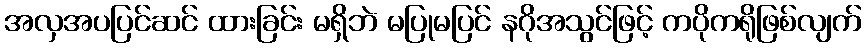
အလှအပပြင်ဆင် ထားခြင်း မရှိဘဲ မပြုမပြင် နဂိုအသွင်ဖြင့် ကပိုကရိုဖြစ်လျက်